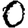
Digit: 0